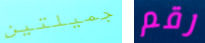
جميلتين رقم